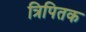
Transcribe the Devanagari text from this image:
त्रिपितक